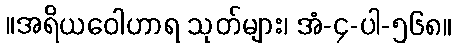
။အရိယဝေါဟာရ သုတ်များ၊ အံ-၄-ပါ-၅၆၈။